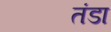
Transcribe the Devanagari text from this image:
तंडा